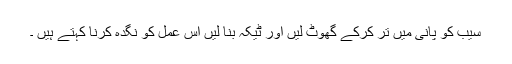
سیب کو پانی میں تر کرکے گھوٹ لیں اور ٹیکہ بنا لیں اس عمل کو نگدہ کرنا کہتے ہیں ۔